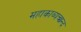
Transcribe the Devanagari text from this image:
महाकाव्यच्छन्द